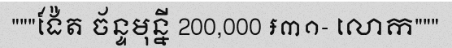
"""ង៉ែត ច័ន្ទមុន្នី 200,000 ៛៣១- លោក"""